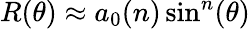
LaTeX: R(\theta)\approx a_{0}(n)\sin^{n}(\theta)